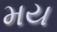
મય